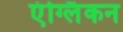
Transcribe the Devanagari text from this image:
एंग्लिंकन